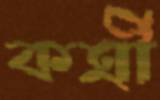
কর্ত্রী